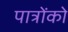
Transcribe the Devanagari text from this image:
पात्रोंको